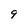
Character: 9